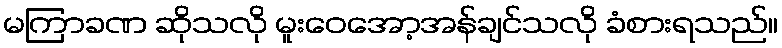
မကြာခဏ ဆိုသလို မူးဝေအော့အန်ချင်သလို ခံစားရသည်။